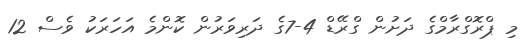
މި ޕްރޮގްރާމްގެ ދަށުން ގްރޭޑް 4-7ގެ ދަރިވަރުން ކޮންމެ އަހަރަކު ވެސް 12